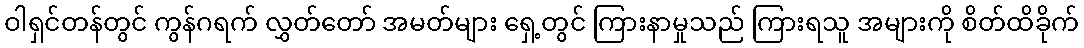
ဝါရှင်တန်တွင် ကွန်ဂရက် လွှတ်တော် အမတ်များ ရှေ့တွင် ကြားနာမှုသည် ကြားရသူ အများကို စိတ်ထိခိုက်